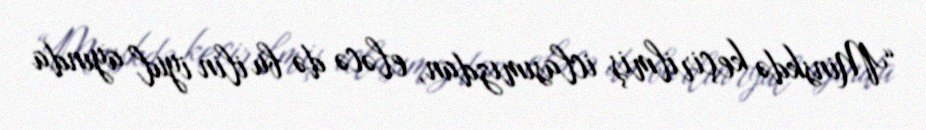
“Minskdə keçirilmiş iclasımızdan, eləcə də bu ilin iyul ayında